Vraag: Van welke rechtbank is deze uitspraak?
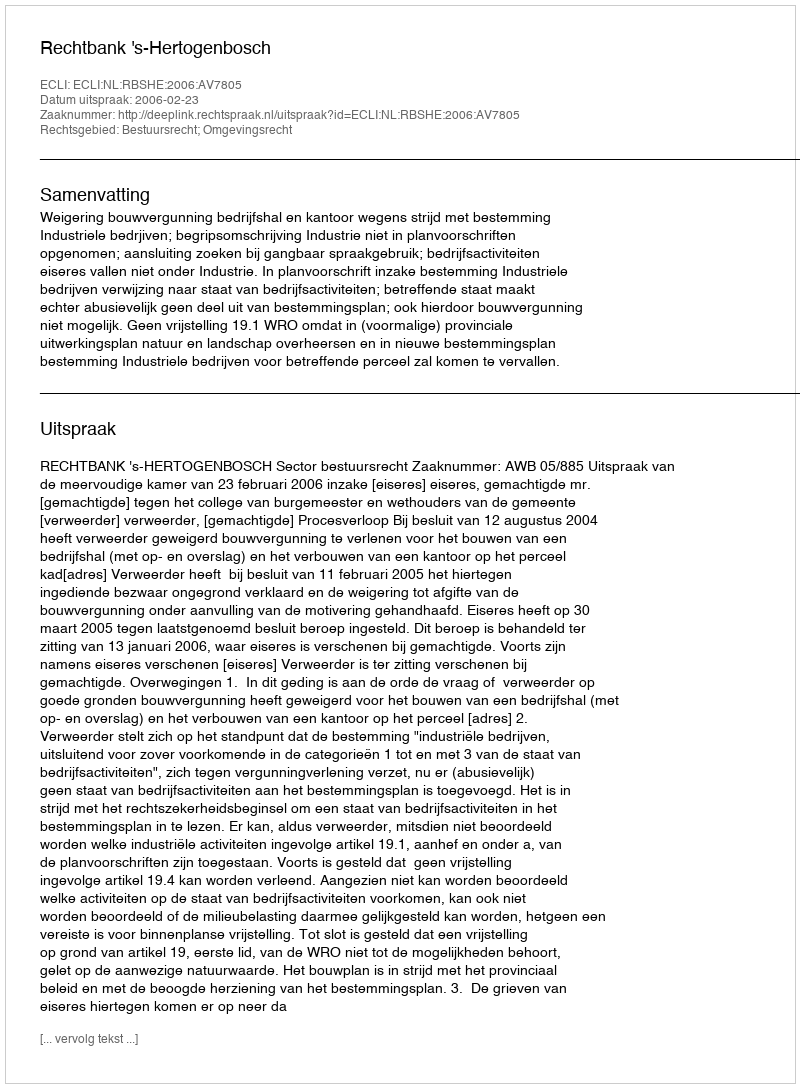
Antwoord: Rechtbank 's-Hertogenbosch